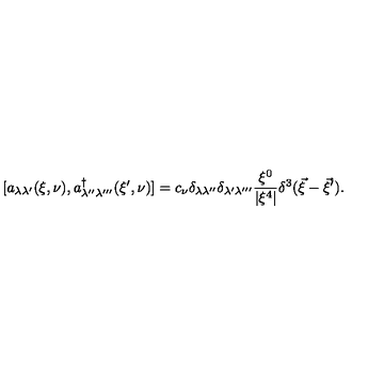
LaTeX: [ a _ { \lambda \lambda ^ { \prime } } ( \xi , \nu ) , a _ { \lambda ^ { \prime \prime } \lambda ^ { \prime \prime \prime } } ^ { \dag } ( \xi ^ { \prime } , \nu ) ] = c _ { \nu } \delta _ { \lambda \lambda ^ { \prime \prime } } \delta _ { \lambda ^ { \prime } \lambda ^ { \prime \prime \prime } } \frac { \xi ^ { 0 } } { | \xi ^ { 4 } | } \delta ^ { 3 } ( \vec { \xi } - \vec { \xi } ^ { \prime } ) .